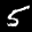
Label: 5